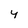
Character: 4